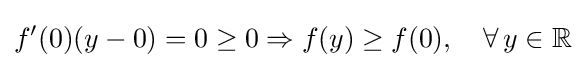
f^{\prime }(0)(y-0)=0\geq 0\Rightarrow f(y)\geq f(0),\quad \forall \,y\in \mathbb {R}